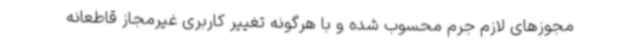
مجوزهای لازم جرم محسوب شده و با هرگونه تغییر کاربری غیرمجاز قاطعانه